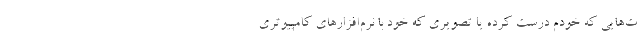
ت‌هایی که خودم درست کرده یا تصویری که خود با نرم‌افزارهای کامپیوتری